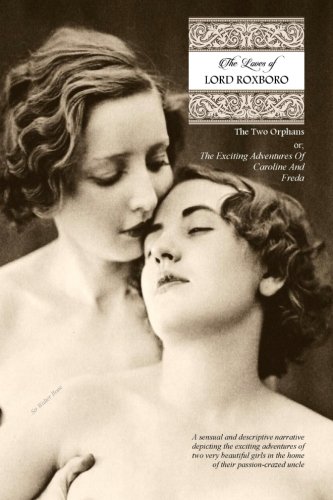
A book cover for The Loves of Lord Roxboro (In Six Complete Volume): The Two Orphans, or; THE EXCITING ADVENTURES OF CAROLINE & FREDA; Sir Walter Bone; Romance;